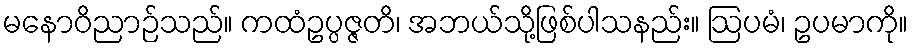
မနောဝိညာဉ်သည်။ ကထံဥပ္ပဇ္ဇတိ၊ အဘယ်သို့ဖြစ်ပါသနည်း။ ဩပမံ၊ ဥပမာကို။